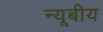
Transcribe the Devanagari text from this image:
न्यूबीय